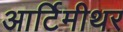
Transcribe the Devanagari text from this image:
आर्टिमीथर